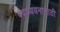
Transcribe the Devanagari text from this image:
वेदाध्ययनासाठी